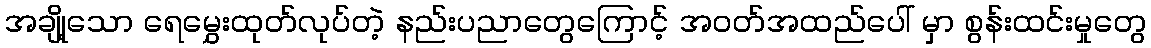
အချို့သော ရေမွှေးထုတ်လုပ်တဲ့ နည်းပညာတွေကြောင့် အဝတ်အထည်ပေါ် မှာ စွန်းထင်းမှုတွေ